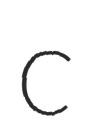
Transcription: C